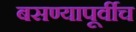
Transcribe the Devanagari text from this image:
बसण्यापूर्वीच